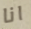
انا